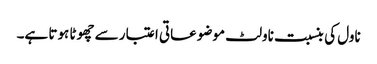
ناول کی بنسبت ناولٹ موضوعاتی اعتبار سے چھوٹا ہوتا ہے۔